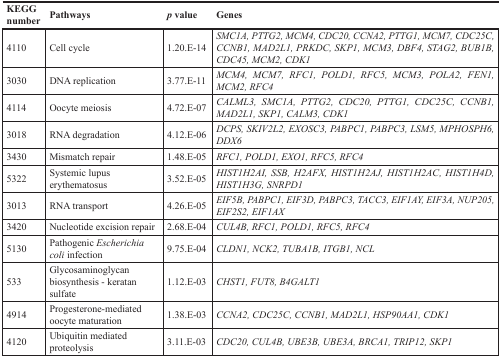
| KEGG number | Pathways | p value | Genes |
 | --- | --- | --- | --- |
 | 4110 | Cell cycle | 1.20.E-14 | SMC1A, PTTG2, MCM4, CDC20, CCNA2, PTTG1, MCM7, CDC25C, CCNB1, MAD2L1, PRKDC, SKP1, MCM3, DBF4, STAG2, BUB1B, CDC45, MCM2, CDK1 |
 | 3030 | DNA replication | 3.77.E-11 | MCM4, MCM7, RFC1, POLD1, RFC5, MCM3, POLA2, FEN1, MCM2, RFC4 |
 | 4114 | Oocyte meiosis | 4.72.E-07 | CALML3, SMC1A, PTTG2, CDC20, PTTG1, CDC25C, CCNB1, MAD2L1, SKP1, CALM3, CDK1 |
 | 3018 | RNA degradation | 4.12.E-06 | DCPS, SKIV2L2, EXOSC3, PABPC1, PABPC3, LSM5, MPHOSPH6, DDX6 |
 | 3430 | Mismatch repair | 1.48.E-05 | RFC1, POLD1, EXO1, RFC5, RFC4 |
 | 5322 | Systemic lupus erythematosus | 3.52.E-05 | HIST1H2AI, SSB, H2AFX, HIST1H2AJ, HIST1H2AC, HIST1H4D, HIST1H3G, SNRPD1 |
 | 3013 | RNA transport | 4.26.E-05 | EIF5B, PABPC1, EIF3D, PABPC3, TACC3, EIF1AY, EIF3A, NUP205, EIF2S2, EIF1AX |
 | 3420 | Nucleotide excision repair | 2.68.E-04 | CUL4B, RFC1, POLD1, RFC5, RFC4 |
 | 5130 | Pathogenic Escherichia coli infection | 9.75.E-04 | CLDN1, NCK2, TUBA1B, ITGB1, NCL |
 | 533 | Glycosaminoglycan biosynthesis - keratan sulfate | 1.12.E-03 | CHST1, FUT8, B4GALT1 |
 | 4914 | Progesterone-mediated oocyte maturation | 1.38.E-03 | CCNA2, CDC25C, CCNB1, MAD2L1, HSP90AA1, CDK1 |
 | 4120 | Ubiquitin mediated proteolysis | 3.11.E-03 | CDC20, CUL4B, UBE3B, UBE3A, BRCA1, TRIP12, SKP1 |